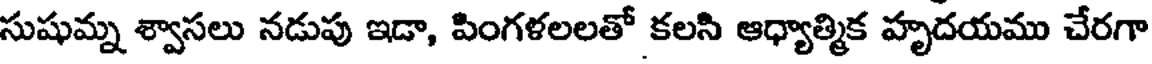
సుషుమ్న శ్వాసలు నడుపు ఇడా, పింగళలలతో కలసి ఆధ్యాత్మిక హృదయము చేరగా